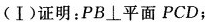
(Ⅰ)证明：PB\perp平面PCD；